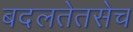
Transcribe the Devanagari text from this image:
बदलतेतसेच